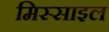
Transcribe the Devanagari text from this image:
मिस्साइल